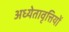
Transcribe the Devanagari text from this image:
अध्येतावृत्तियों